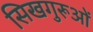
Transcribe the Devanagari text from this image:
सिखगुरूओं